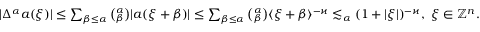
\begin{array} { r } { | \Delta ^ { \alpha } a ( \xi ) | \leq \sum _ { \beta \leq \alpha } { \binom { \alpha } { \beta } } | a ( \xi + \beta ) | \leq \sum _ { \beta \leq \alpha } { \binom { \alpha } { \beta } } \langle \xi + \beta \rangle ^ { - \varkappa } \lesssim _ { \alpha } ( 1 + | \xi | ) ^ { - \varkappa } , \, \, \xi \in \mathbb { Z } ^ { n } . } \end{array}